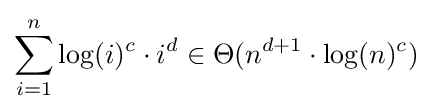
\sum _{i=1}^{n}\log(i)^{c}\cdot i^{d}\in \Theta (n^{d+1}\cdot \log(n)^{c})